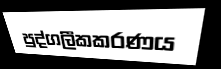
පුද්ගලීකකරණය